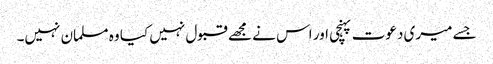
جسے میری دعوت پہنچی اور اس نے مجھے قبول نہیں کیا وہ مسلمان نہیں۔